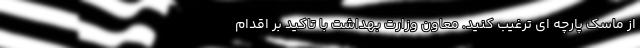
از ماسک پارچه ای ترغیب کنید. معاون وزارت بهداشت با تاکید بر اقدام